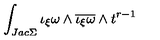
\int _ { J a c \Sigma } \iota _ { \xi } \omega \wedge \overline { { \iota _ { \xi } \omega } } \wedge t ^ { r - 1 }